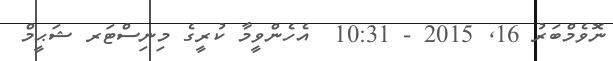
ނޮވެމްބަރު 16